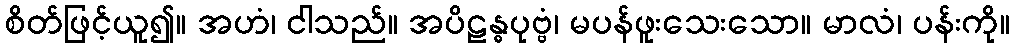
စိတ်ဖြင့်ယူ၍။ အဟံ၊ ငါသည်။ အပိဠန္ဓပုဗ္ဗံ၊ မပန်ဖူးသေးသော။ မာလံ၊ ပန်းကို။